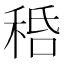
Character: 𥞸